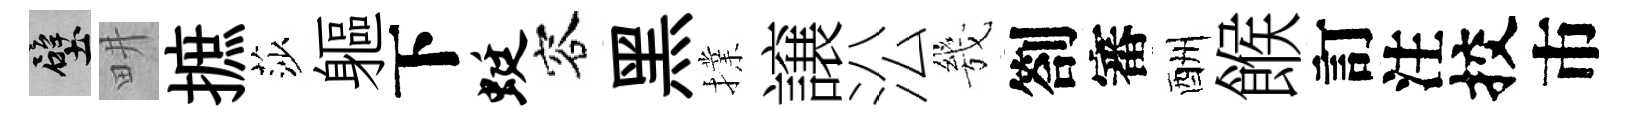
壁畊摭莎軀下蜓容黑擈譲㳂㡬劄審酬餱訂注挍市